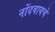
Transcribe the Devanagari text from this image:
नोंदवायचेे